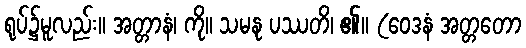
ရုပ်၌မူလည်း။ အတ္တာနံ၊ ကို။ သမနု ပဿတိ၊ ၏။ (ဝေဒနံ အတ္တတော